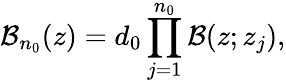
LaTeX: \mathcal{B}_{n_{0}}(z)=d_{0}\prod_{j=1}^{n_{0}}\mathcal{B}(z;z_{j}),